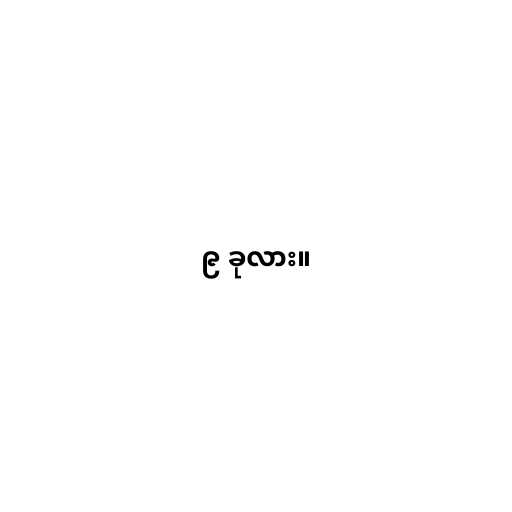
၉ ခုလား။